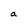
Character: a